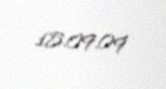
15.09.09